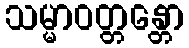
သမ္မာဝတ္တန္တော